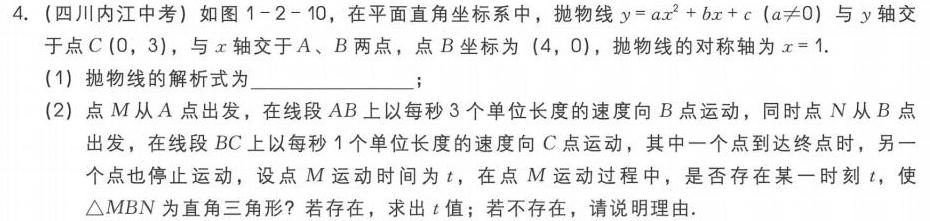
4. (四川内江中考) 如图1 - 2 - 10，在平面直角坐标系中，抛物线\(y = ax^{2}+bx + c(a\neq0)\)与\(y\)轴交于点\(C(0,3)\)，与\(x\)轴交于\(A、B\)两点，点\(B\)坐标为\((4,0)\)，抛物线的对称轴为\(x = 1\).
(1) 抛物线的解析式为  ；
(2) 点\(M\)从\(A\)点出发，在线段\(AB\)上以每秒\(3\)个单位长度的速度向\(B\)点运动，同时点\(N\)从\(B\)点出发，在线段\(BC\)上以每秒\(1\)个单位长度的速度向\(C\)点运动，其中一个点到达终点时，另一个点也停止运动，设点\(M\)运动时间为\(t\)，在点\(M\)运动过程中，是否存在某一时刻\(t\)，使\(\triangle MBN\)为直角三角形？若存在，求出\(t\)值；若不存在，请说明理由.